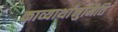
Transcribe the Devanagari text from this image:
काव्यार्थानुमिति